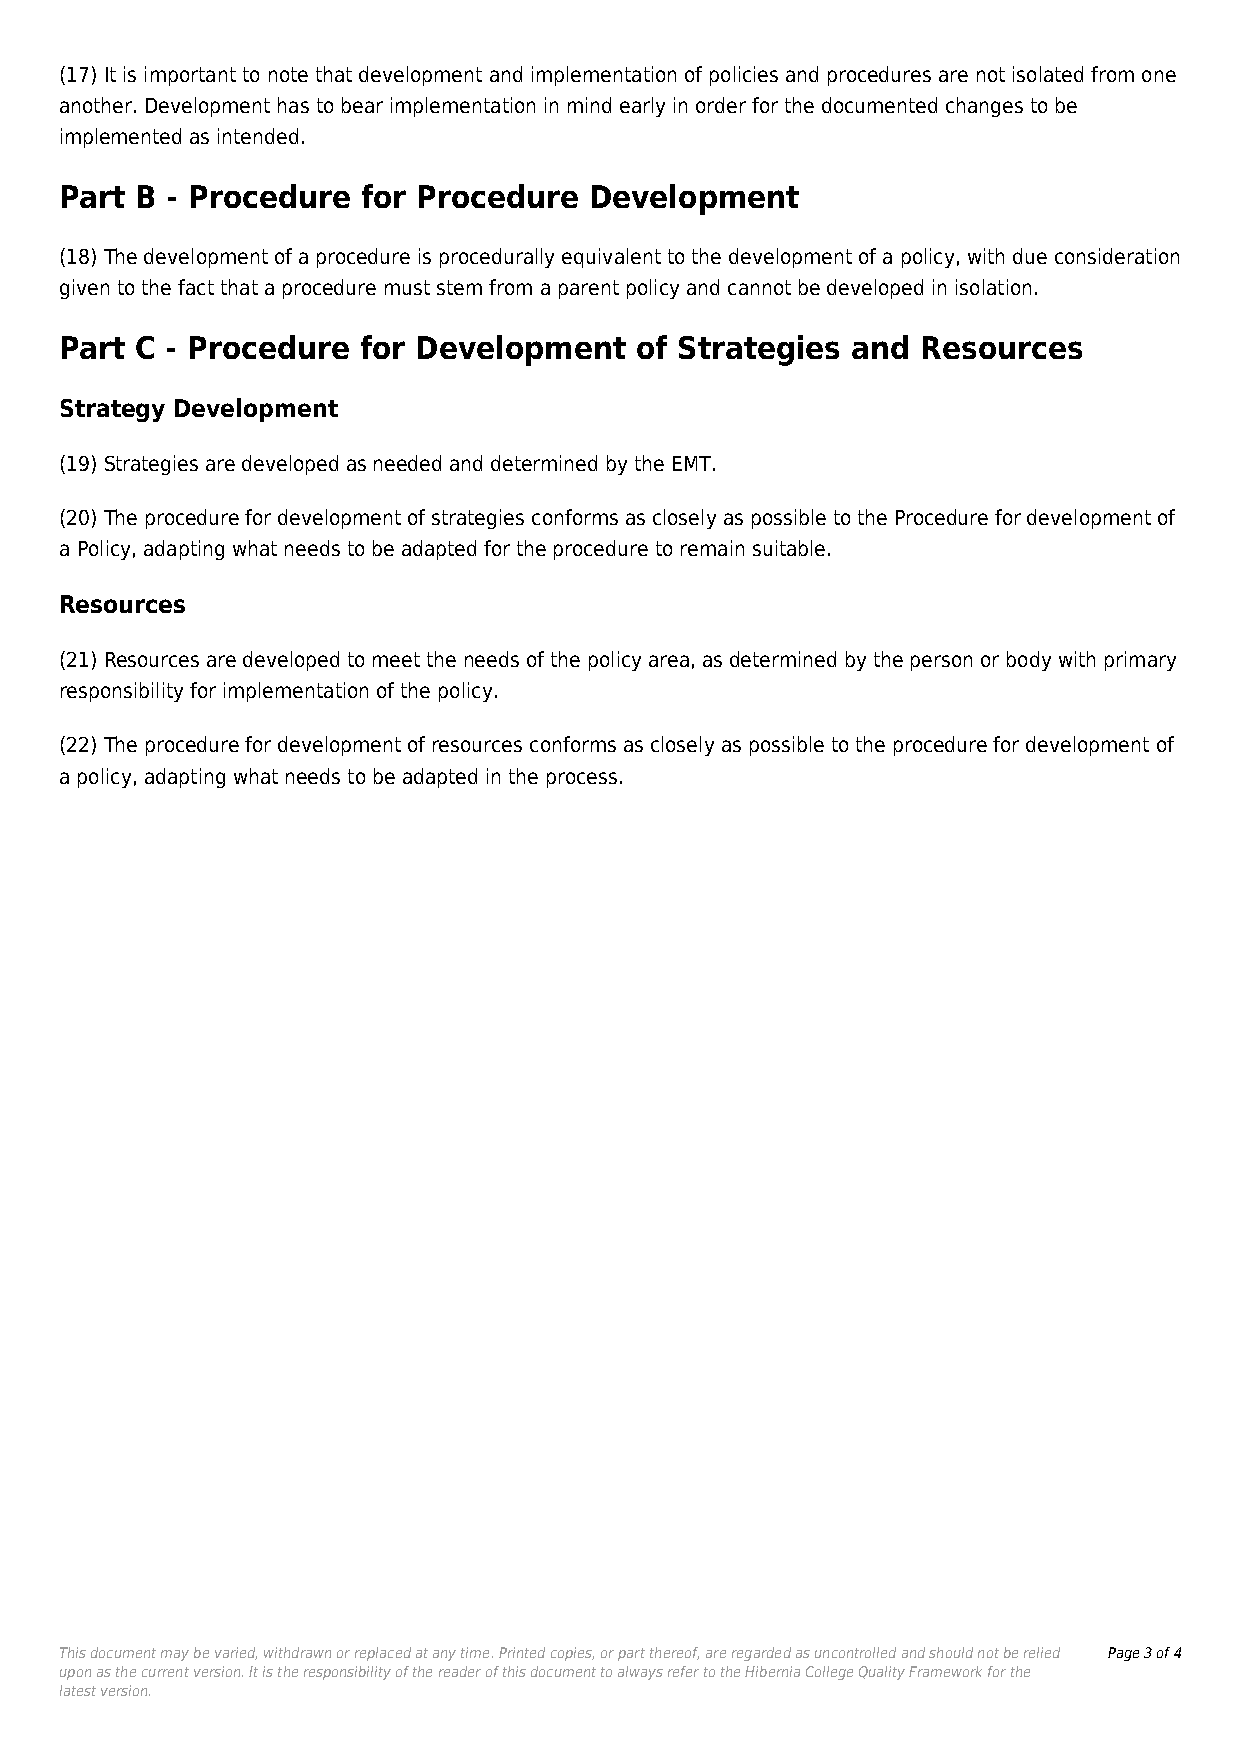
(17) It is important to note that development and implementation of policies and procedures are not isolated from one
 another. Development has to bear implementation in mind early in order for the documented changes to be
 implemented as intended.
 Part B - Procedure  for Procedure  Development
 (18) The development of a procedure is procedurally equivalent to the development of a policy, with due consideration
 given to the fact that a procedure must stem from a parent policy and cannot be developed in isolation.
 Part C - Procedure  for Development   of Strategies and  Resources
 Strategy Development
 (19) Strategies are developed as needed and determined by the EMT.
 (20) The procedure for development of strategies conforms as closely as possible to the Procedure for development of
 a Policy, adapting what needs to be adapted for the procedure to remain suitable.
 Resources
 (21) Resources are developed to meet the needs of the policy area, as determined by the person or body with primary
 responsibility for implementation of the policy.
 (22) The procedure for development of resources conforms as closely as possible to the procedure for development of
 a policy, adapting what needs to be adapted in the process.
 This document may be varied, withdrawn or replaced at any time. Printed copies, or part thereof, are regarded as uncontrolled and should not be relied Page 3 of 4
 upon as the current version. It is the responsibility of the reader of this document to always refer to the Hibernia College Quality Framework for the
 latest version.